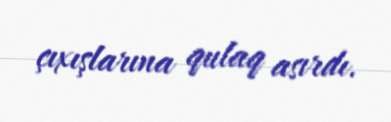
çıxışlarına qulaq asırdı.